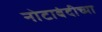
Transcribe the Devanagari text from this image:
नोटाबंदीच्या